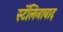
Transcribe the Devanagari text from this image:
स्टॅलिनाबाद